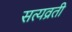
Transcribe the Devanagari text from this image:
सत्यव्रती